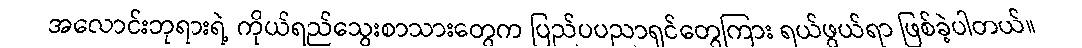
အလောင်းဘုရားရဲ့ ကိုယ်ရည်သွေးစာသားတွေက ပြည်ပပညာရှင်တွေကြား ရယ်ဖွယ်ရာ ဖြစ်ခဲ့ပါတယ်။